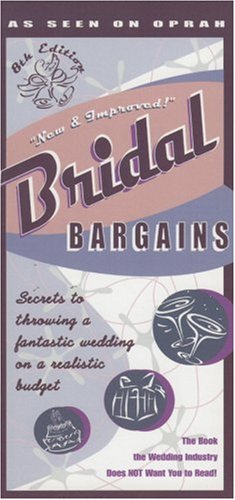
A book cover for Bridal Bargains, 8th Edition: Secrets to throwing a fantastic wedding on a realistic budget; Denise Fields; Crafts, Hobbies & Home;